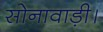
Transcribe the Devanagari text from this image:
सोनावाड़ी।